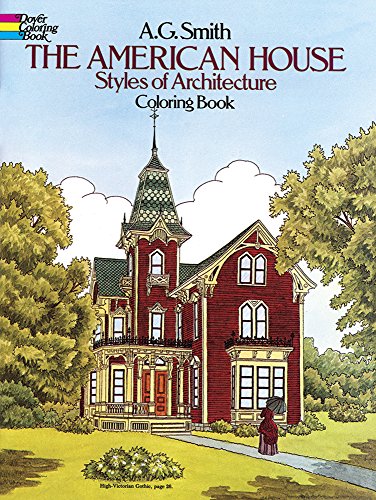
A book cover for The American House Styles of Architecture Coloring Book (Dover History Coloring Book); A. G. Smith; Children's Books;